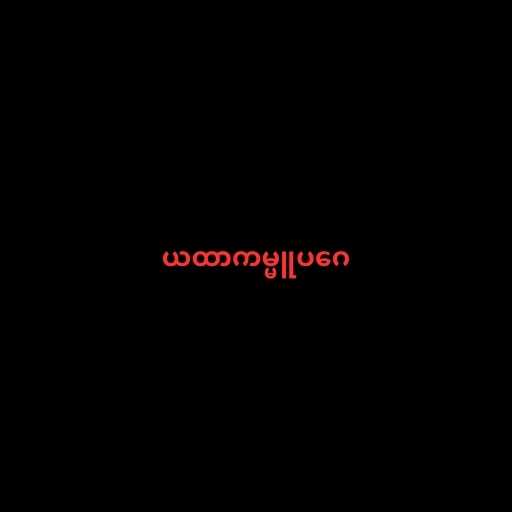
ယထာကမ္မူပဂေ